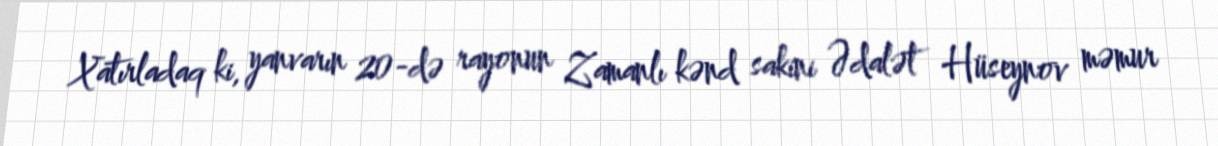
Xatırladaq ki, yanvarın 20-də rayonun Zamanlı kənd sakini Ədalət Hüseynov məmur